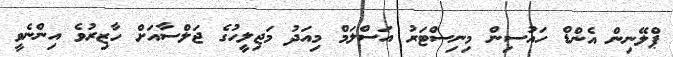
ޕްލޭނިން އެންޑް ހައުސިން މިނިސްޓަރު އަސްލަމް މިއަދު މަޖިލީހުގެ ޖަލްސާއަށް ހާޒިރުވެ އިންނެވީ